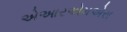
એઆરએમએસ